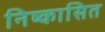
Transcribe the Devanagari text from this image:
निष्कासित